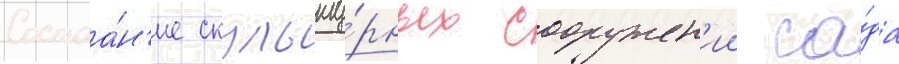
Состоа́н'ие скульпту́рных сооружен'ии са́да